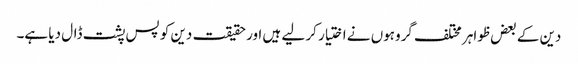
دین کے بعض ظواہر مختلف گروہوں نے اختیار کر لیے ہیں اور حقیقت دین کو پس پشت ڈال دیا ہے۔